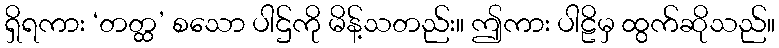
ရှိရကား ‘တတ္ထ’ စသော ပါဌ်ကို မိန့်သတည်း။ ဤကား ပါဠိမှ ထွက်ဆိုသည်။